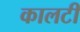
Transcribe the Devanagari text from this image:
कालटी